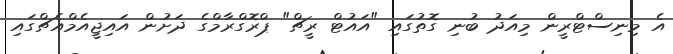
އެ މިނިސްޓްރީން މިއަދު ބުނި ގޮތުގައި "އައުޓް ރީޗް" ޕްރޮގްރާމްގެ ދަށުން އައިޖީއެމްއެޗްގައި